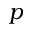
p